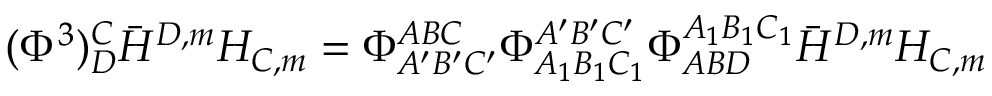
( \Phi ^ { 3 } ) _ { D } ^ { C } \bar { H } ^ { D , m } H _ { C , m } = \Phi _ { A ^ { \prime } B ^ { \prime } C ^ { \prime } } ^ { A B C } \Phi _ { A _ { 1 } B _ { 1 } C _ { 1 } } ^ { A ^ { \prime } B ^ { \prime } C ^ { \prime } } \Phi _ { A B D } ^ { A _ { 1 } B _ { 1 } C _ { 1 } } \bar { H } ^ { D , m } H _ { C , m }